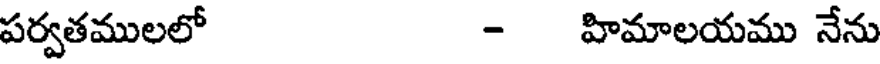
పర్వతములలో - హిమాలయము నేను